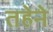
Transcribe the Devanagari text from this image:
तहेने